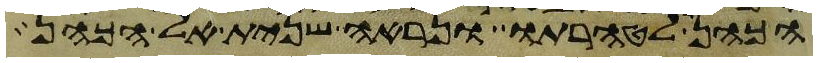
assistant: הכהן לטהרתו ונראה שנית אל הכהן